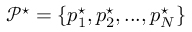
\mathcal { P ^ { \star } } = \{ p _ { 1 } ^ { \star } , p _ { 2 } ^ { \star } , . . . , p _ { N } ^ { \star } \}